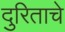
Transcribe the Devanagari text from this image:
दुरिताचे